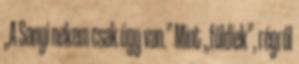
„A Sanyi nekem csak úgy van.” Mint „földiek”, régről